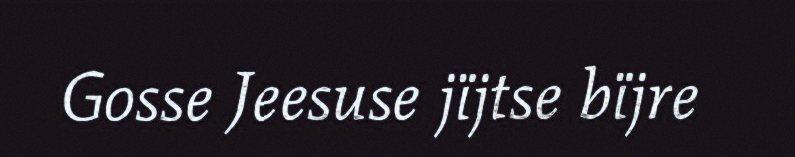
Gosse Jeesuse jïjtse bïjre